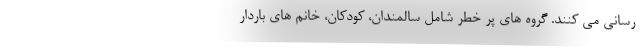
رسانی می کنند. گروه های پر خطر شامل سالمندان، کودکان، خانم های باردار